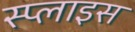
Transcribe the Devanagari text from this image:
स्प्लाइस